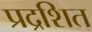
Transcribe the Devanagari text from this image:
प्रद्रशित